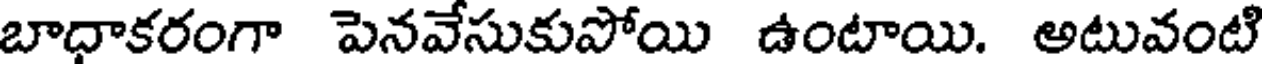
బాధాకరంగా పెనవేసుకుపోయి ఉంటాయి. అటువంటి